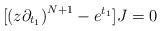
LaTeX: \begin{align*} [\left(z \partial_{t_1}\right)^{N+1} - e^{t_1}]J = 0\end{align*}